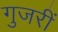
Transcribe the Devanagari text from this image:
गुजरीं